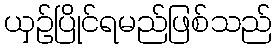
ယှဉ်ပြိုင်ရမည်ဖြစ်သည်